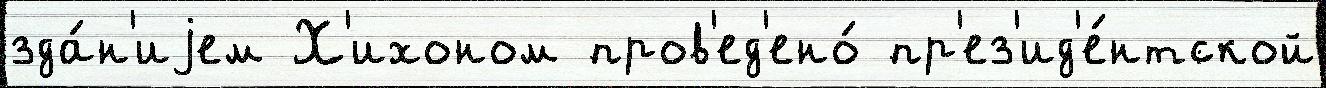
зда́н'иjем Х'ихоном пров'ед'ено́ пр'ез'ид'е́нтской